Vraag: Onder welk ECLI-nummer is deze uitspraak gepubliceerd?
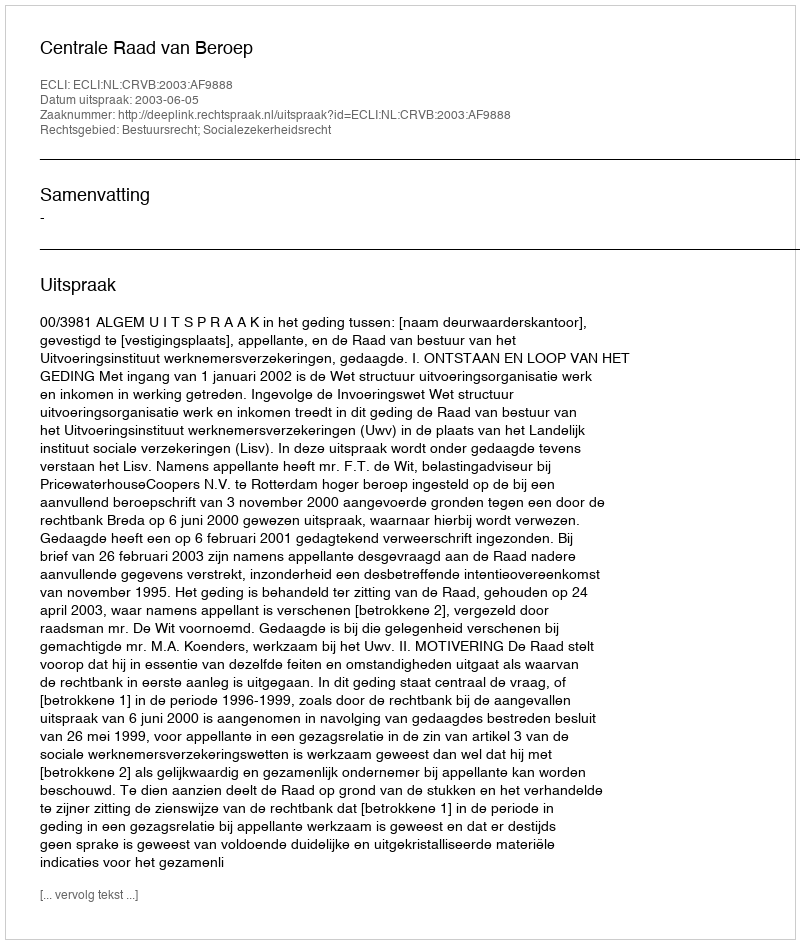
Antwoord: ECLI:NL:CRVB:2003:AF9888